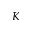
K